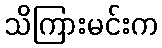
သိကြားမင်းက